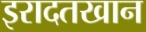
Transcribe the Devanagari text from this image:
इरादतखान